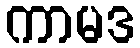
ကာမဒ